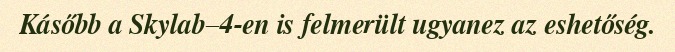
Kásőbb a Skylab–4-en is felmerült ugyanez az eshetőség.